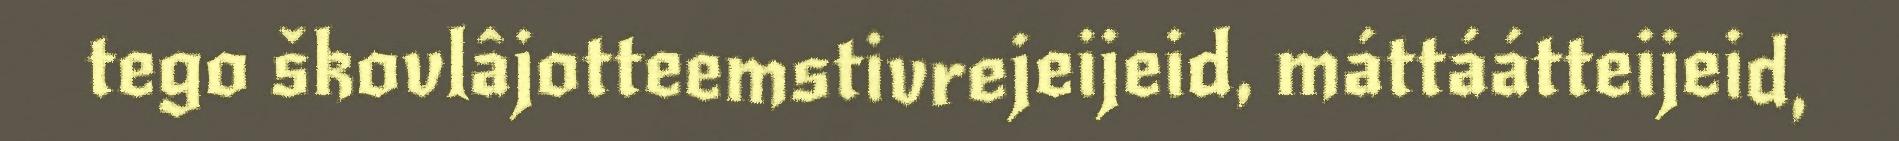
tego škovlâjotteemstivrejeijeid, máttáátteijeid,